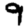
Digit: 9